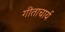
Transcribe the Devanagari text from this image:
गीताचार्य